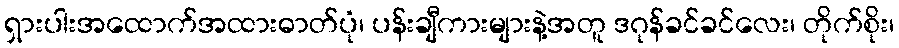
ရှားပါးအထောက်အထားဓာတ်ပုံ၊ ပန်းချီကားများနဲ့အတူ ဒဂုန်ခင်ခင်လေး၊ တိုက်စိုး၊